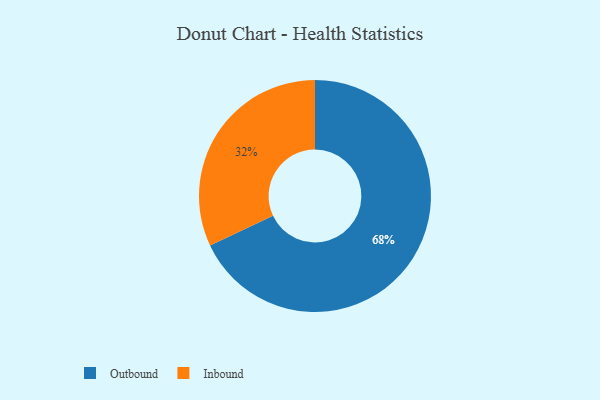
{"axis": {"x": "Category", "y": "Percentage"}, "legend": ["Inbound", "Outbound"], "data": [{"x": "Inbound", "y": 32, "type": "Inbound"}, {"x": "Outbound", "y": 68, "type": "Outbound"}]}